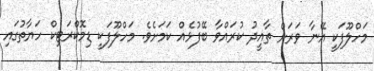
މަހްލޫފަކީ އޭނާ ވަރަށް ތާއީދު ކުރައްވާ ބޭފުޅެއް ކަމަށެވެ. މަހްލޫފަކީ ޑިމޮކްރަޓިކް ހަޔާތުގައި